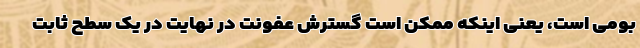
بومی است، یعنی اینکه ممکن است گسترش عفونت در نهایت در یک سطح ثابت